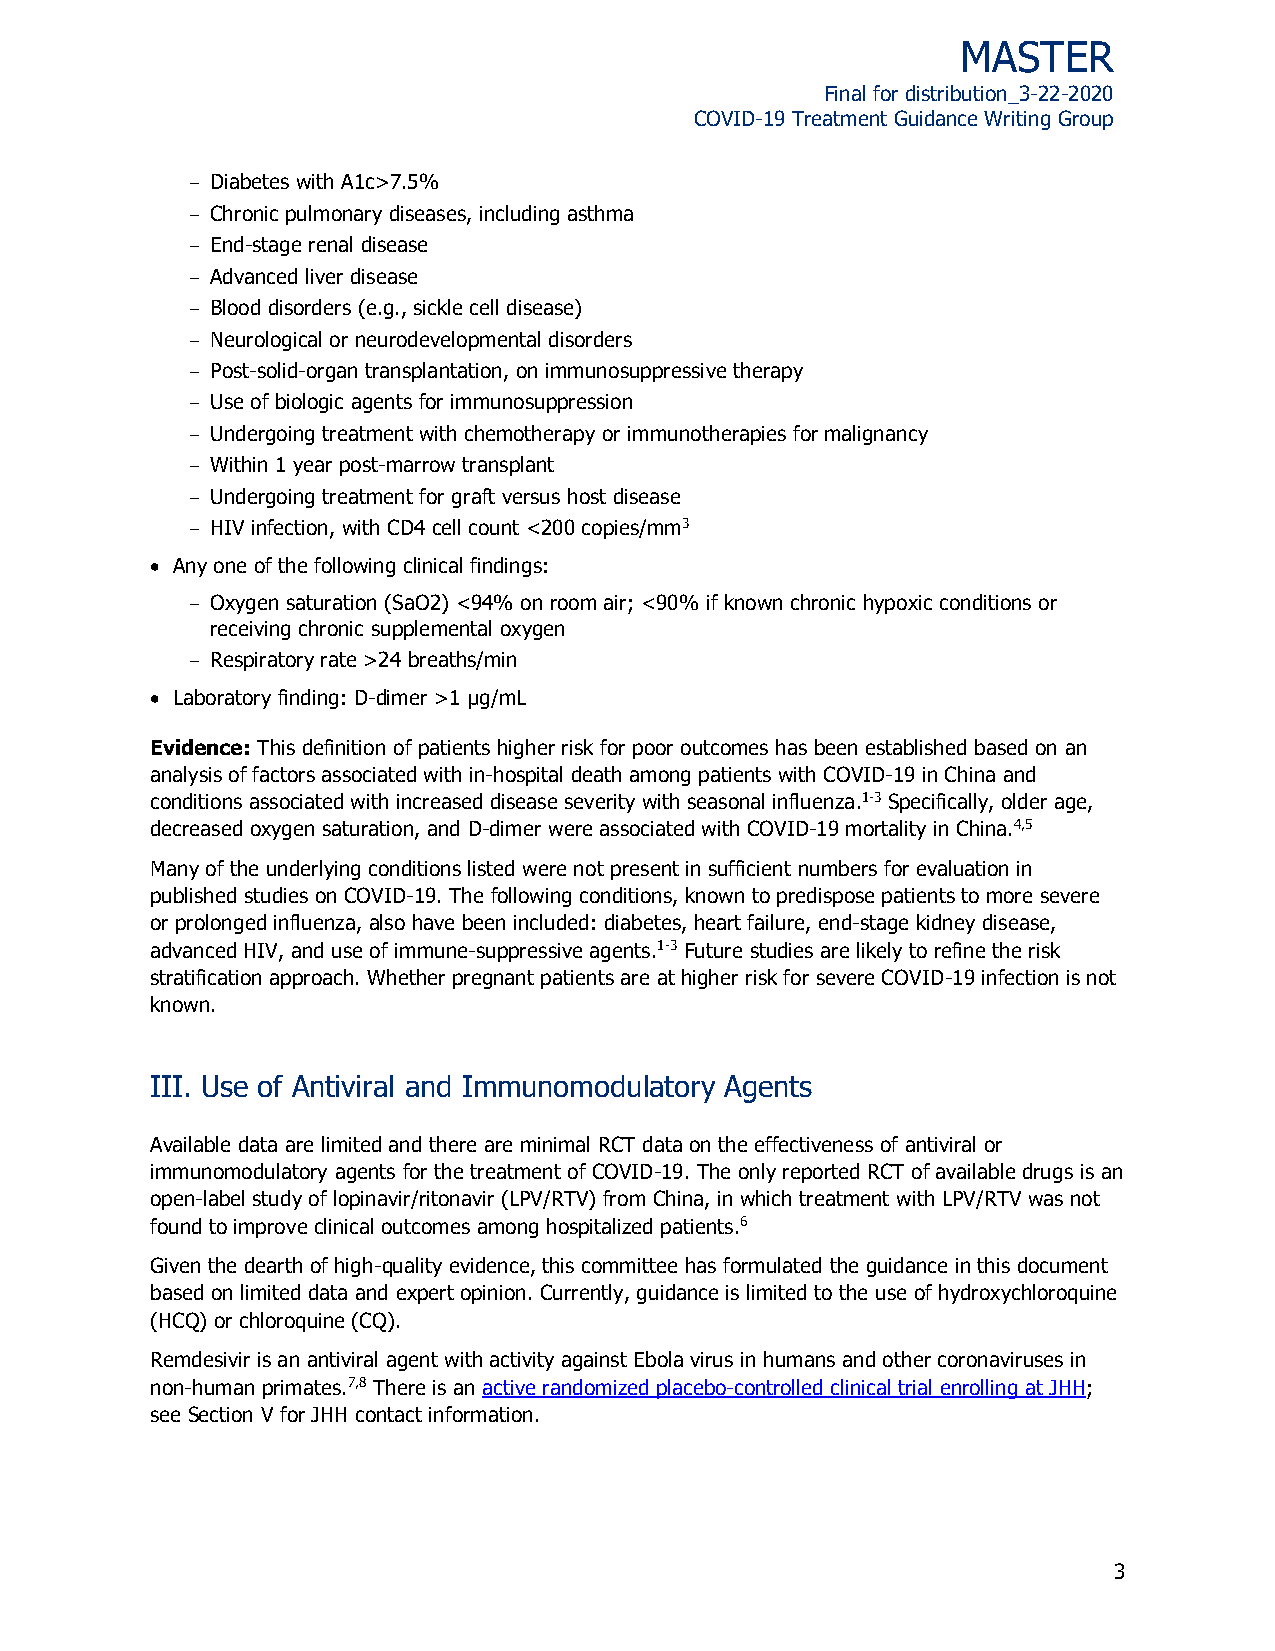
MASTER
 Final for distribution_3-22-2020
 COVID-19 Treatment Guidance Writing Group
 Diabetes with A1c>7.5%
 Chronic pulmonary diseases, including asthma
 End-stage renal disease
 Advanced liver disease
 Blood disorders (e.g., sickle cell disease)
 Neurological or neurodevelopmental disorders
 Post-solid-organ transplantation, on immunosuppressive therapy
 Use of biologic agents for immunosuppression
 Undergoing treatment with chemotherapy or immunotherapies for malignancy
 Within 1 year post-marrow transplant
 Undergoing treatment for graft versus host disease
 HIV infection, with CD4 cell count <200 copies/mm3
  Any one of the following clinical findings:
 Oxygen saturation (SaO2) <94% on room air; <90% if known chronic hypoxic conditions or
 receiving chronic supplemental oxygen
 Respiratory rate >24 breaths/min
  Laboratory finding: D-dimer >1 µg/mL
 Evidence: This definition of patients higher risk for poor outcomes has been established based on an
 analysis of factors associated with in-hospital death among patients with COVID-19 in China and
 conditions associated with increased disease severity with seasonal influenza.1-3 Specifically, older age,
 decreased oxygen saturation, and D-dimer were associated with COVID-19 mortality in China.4,5
 Many of the underlying conditions listed were not present in sufficient numbers for evaluation in
 published studies on COVID-19. The following conditions, known to predispose patients to more severe
 or prolonged influenza, also have been included: diabetes, heart failure, end-stage kidney disease,
 advanced HIV, and use of immune-suppressive agents.1-3 Future studies are likely to refine the risk
 stratification approach. Whether pregnant patients are at higher risk for severe COVID-19 infection is not
 known.
 III. Use of Antiviral and Immunomodulatory Agents
 Available data are limited and there are minimal RCT data on the effectiveness of antiviral or
 immunomodulatory agents for the treatment of COVID-19. The only reported RCT of available drugs is an
 open-label study of lopinavir/ritonavir (LPV/RTV) from China, in which treatment with LPV/RTV was not
 found to improve clinical outcomes among hospitalized patients.6
 Given the dearth of high-quality evidence, this committee has formulated the guidance in this document
 based on limited data and expert opinion. Currently, guidance is limited to the use of hydroxychloroquine
 (HCQ) or chloroquine (CQ).
 Remdesivir is an antiviral agent with activity against Ebola virus in humans and other coronaviruses in
 non-human primates.7,8 There is an active randomized placebo-controlled clinical trial enrolling at JHH;
 see Section V for JHH contact information.
 3